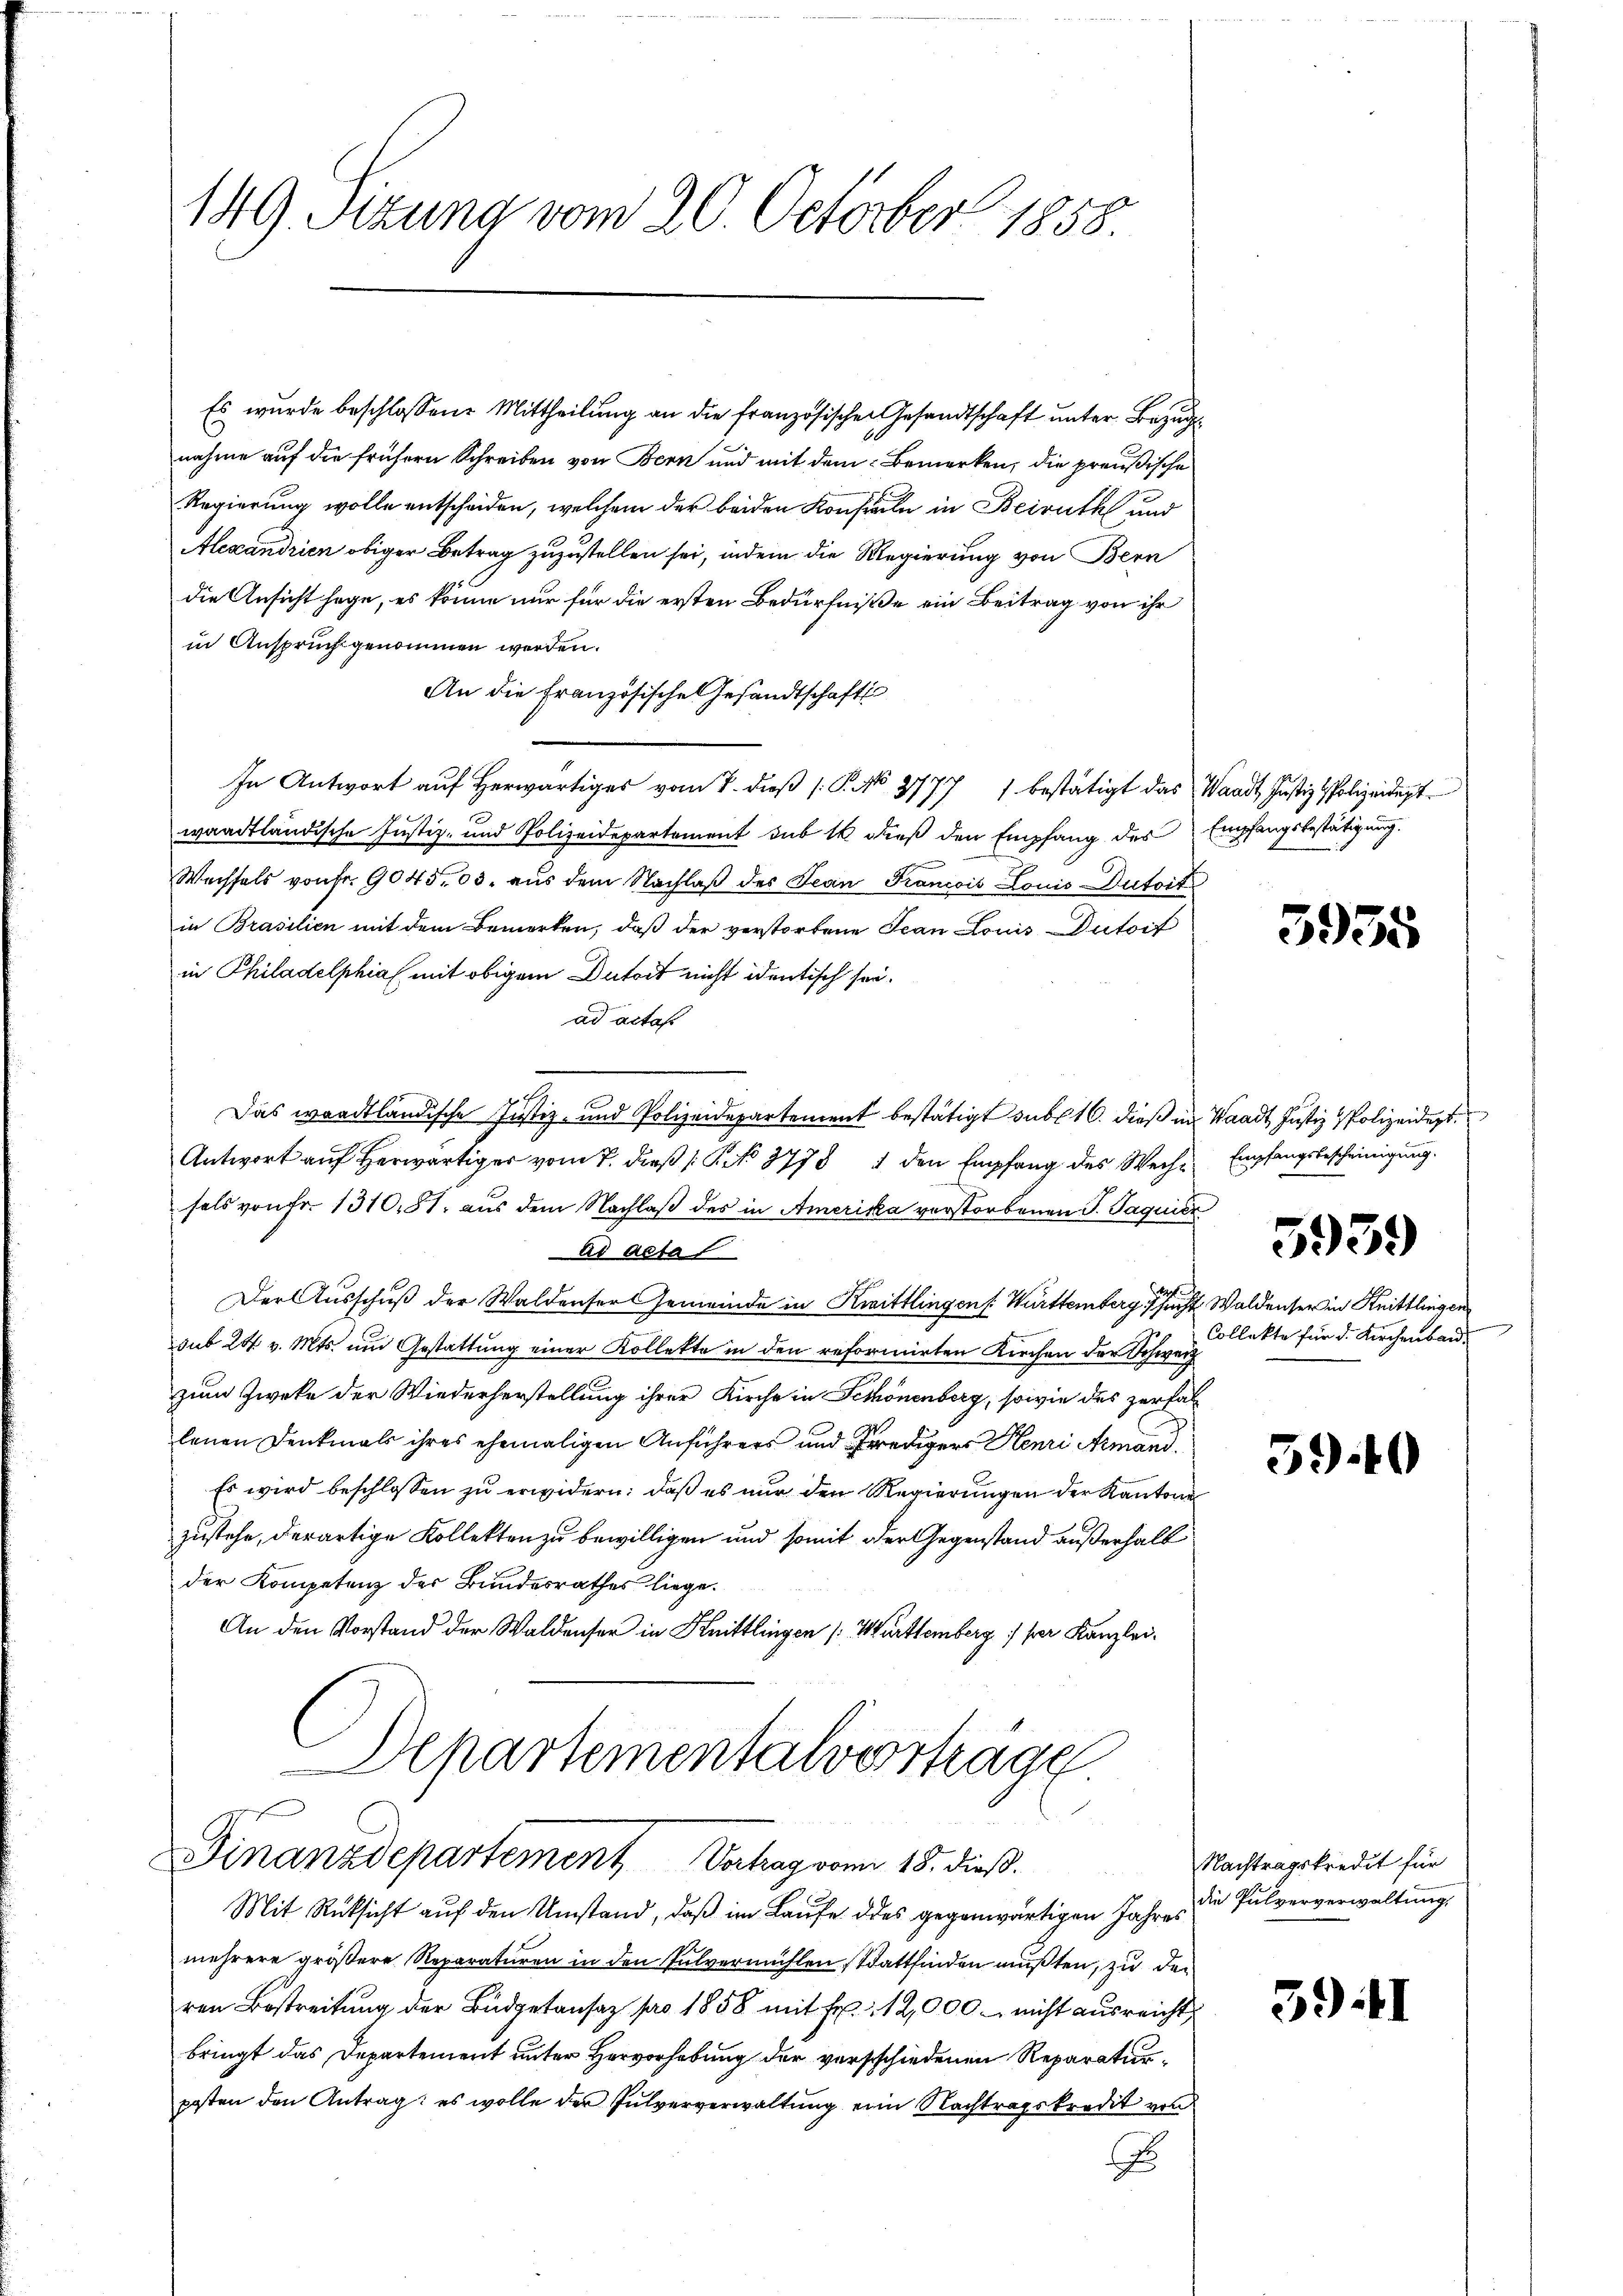
149. Sizung vom 20. October 1858.

Finanzdepartement Vertrag vom 18. dieß.

Es wurde beschlossene Mittheilung an die französischen Gesandtschaft unter Bezug
nahme auf die frühern Schreiben von Bern und mit dem Bemerken, die preußische
Regierung wolle entscheiden, welchem der beiden Konsuln in Beiruth und
Alexandrien obiger Betrag zuzustellen sei, indem die Regierung von Bern
die Ansicht sage, es könne nur für die ersten Bedürfniße ein Beitrag von ihr
in Anspruch genommen werden.
An die Französische Gesandtschaft
In Antwort auf herwärtiges vom 7. dieß P. No 37771 bestätigt das Waadt, Justiz-Polizeidigt
waadtländische Justiz- und Polizeidepartement sub 14 dieß den Empfang des Empfangsbestätigung.
Wechsels von Fr. 904503. aus dem Nachlaß des Jean Francois Louis-Dutoit
in Brasilien mit dem Bemerken, daß der verstorbene Ivan Louis Autorf
in Philadelphia mit obigem Dutoit nicht identisch sei.
ad actas
n
Das wardtländische Justiz- und Polizeidepartement bestätigt sub 10. dieß in Waadt Justiz & Polizeident
Antwort auf herwärtiger vom 7. dieß (S. 3778 1 den Empfang des Weiche Empfangsbescheinigung.
sals von Fr. 131081. aus dem Nachlaß des in Amerika verstorbenen J. Jaquier
ad actal
Der Ausschuß der Waldenser Gemeinde in Knittlingen. Württemberg sich Waldenser in Knittlingen
sub 24 v. Mts. und Gestattung einer Kollekte in den reformirten Kirchen der Schwerz
zum Zwecke der Wiederherstellung ihrer Kirche in Schönenberg, sowie des zerfallenen Denkmals ihres ehemaligen Anführers und Prediger Henri Armand
Es wird beschlossen zu erwidern: daß es nur den Regierungen der Kantone
zustehe, derartige Kollekten zu bewilligen und somit der Gegenstand außerhalb
der Kompetenz der Bundesrathes liege.
An den Vorstand der Waldenser in Knittlingen [Mürttemberg :/ ser Kanzlei¬
Departementalverstage

Mit Rüksicht auf den Umstand, daß im Laufe des gegenwärtigen Jahres die Pulververwaltung,
mehrere größere Reparaturen in den Pulvermühlen Stattfinden mußten, zu den
ren Bestreitung der Budgetansaz pro 1858 mit Fr. 12,000 nicht ausreicht,
bringt das Departement unter Hervorhebung der verschiedenen Reparaturposten den Antrag: es wolle der Güterverwaltŭng eine Nachtragskredit von
x

5955

5959

Collekte für d. Kirchenbar.

390

Nachtragskredit für

39:

I